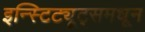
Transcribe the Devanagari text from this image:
इन्स्टिट्यूट्समधून